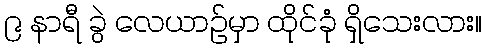
၉ နာရီ ခွဲ လေယာဉ်မှာ ထိုင်ခုံ ရှိသေးလား။